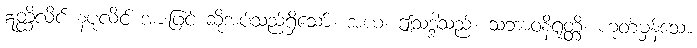
ဣတ္ထိလိင် နပုံလိင် အားဖြင့် ဆိုအပ်သည်ရှိသော်။ အယံ၊ ဤသဒ္ဒါသည်။ သဘာဝနိရုတ္တိ၊ ဟုတ်မှန်သော